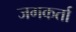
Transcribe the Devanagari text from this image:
जगकर्ता